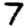
Digit: 7